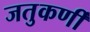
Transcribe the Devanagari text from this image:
जतुकर्णी